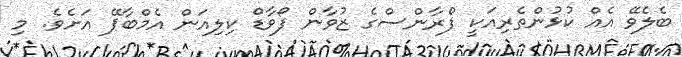
ބެލެވޭ އެއް ކުޅުންތެރިއަކީ ފްރާންސްގެ ޒުވާން ފޯވާޑް ކިލިއަން އެމްބާޕޭ އަށެވެ. މި